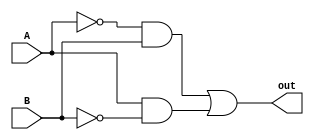
module xor_gate(A , B , out);
input A , B;
output out;
wire aNot_w , bNot_w, and1_w , and2_w;

not aNot(aNot_w , A);
not bNot(bNot_w , B);
and and1(and1_w , aNot_w , B);
and and2(and2_w , A , bNot_w);
or or1(out , and1_w , and2_w);

endmodule